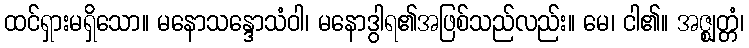
ထင်ရှားမရှိသော။ မနောသန္ဒောသံဝါ၊ မနောဒွါရ၏အဖြစ်သည်လည်း။ မေ၊ ငါ၏။ အဇ္ဈတ္တံ၊